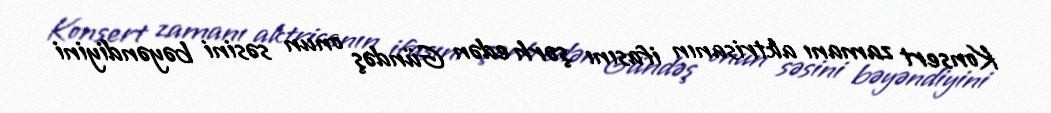
Konsert zamanı aktrisanın ifasını şərh edən Gündəş onun səsini bəyəndiyini